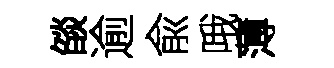
燄逾兪哦薄